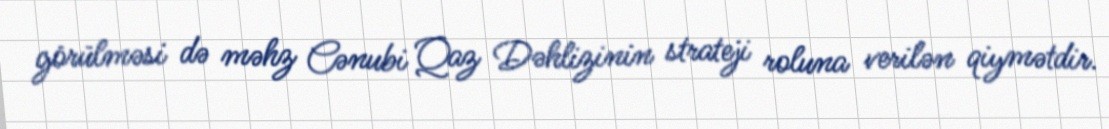
görülməsi də məhz Cənubi Qaz Dəhlizinin strateji roluna verilən qiymətdir.